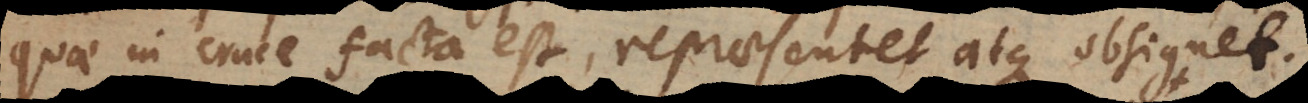
quae in cruce facta est, repraesentet atque obsignet.